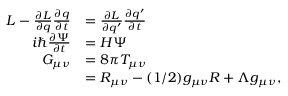
\begin{array} { r l } { L - \frac { \partial L } { \partial q } \frac { \partial q } { \partial t } } & { = \frac { \partial L } { \partial q ^ { \prime } } \frac { \partial q ^ { \prime } } { \partial t } } \\ { i \hbar \frac { \partial \Psi } { \partial t } } & { = H \Psi } \\ { G _ { \mu \nu } } & { = 8 \pi T _ { \mu \nu } } \\ & { = R _ { \mu \nu } - ( 1 / 2 ) g _ { \mu \nu } R + \Lambda g _ { \mu \nu } , } \end{array}